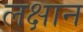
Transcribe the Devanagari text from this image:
लक्षान